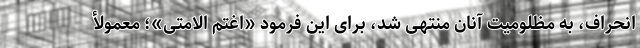
انحراف، به مظلومیت آنان منتهی شد، برای این فرمود «اغتم الامتی»؛ معمولأ